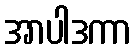
အာပါဒကာ